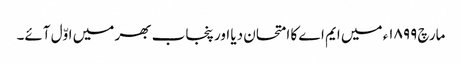
مارچ ١٨٩٩ء میں ایم اے کا امتحان دیا اور پنجاب بھر میں اوّل آئے۔